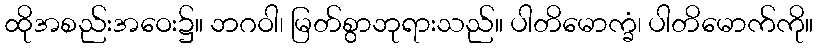
ထိုအစည်းအဝေး၌။ ဘဂဝါ၊ မြတ်စွာဘုရားသည်။ ပါတိမောက္ခံ၊ ပါတိမောက်ကို။